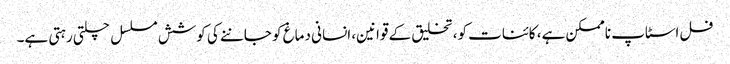
فل اسٹاپ ناممکن ہے، کائنات کو، تخلیق کے قوانین، انسانی دماغ کو جاننے کی کوشش مسلسل چلتی رہتی ہے۔